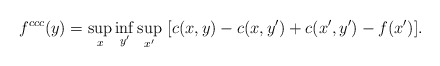
\begin{align*}f^{ccc}(y)=\sup_x\inf_{y'}\sup_{x'}\ [c(x,y)-c(x,y')+c(x',y')-f(x')].\end{align*}